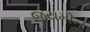
જયમીન